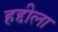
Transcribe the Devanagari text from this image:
हद्दीला